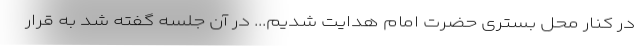
در کنار محل بستری حضرت امام هدایت شدیم... در آن جلسه گفته شد به قرار